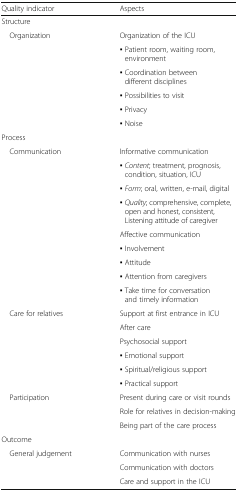
<table><thead><tr><td><b>Quality indicator</b></td><td><b>Aspects</b></td></tr></thead><tbody><tr><td colspan="2">Structure</td></tr><tr><td rowspan="6"> Organization</td><td>Organization of the ICU</td></tr><tr><td>▪ Patient room, waiting room, environment</td></tr><tr><td>▪ Coordination between different disciplines</td></tr><tr><td>▪ Possibilities to visit</td></tr><tr><td>▪ Privacy</td></tr><tr><td>▪ Noise</td></tr><tr><td colspan="2">Process</td></tr><tr><td rowspan="9"> Communication</td><td>Informative communication</td></tr><tr><td>▪ <i>Content</i>; treatment, prognosis, condition, situation, ICU</td></tr><tr><td>▪ <i>Form</i>; oral, written, e-mail, digital</td></tr><tr><td>▪ <i>Quality</i>; comprehensive, complete, open and honest, consistent, Listening attitude of caregiver</td></tr><tr><td>Affective communication</td></tr><tr><td>▪ Involvement</td></tr><tr><td>▪ Attitude</td></tr><tr><td>▪ Attention from caregivers</td></tr><tr><td>▪ Take time for conversation and timely information</td></tr><tr><td rowspan="6"> Care for relatives</td><td>Support at first entrance in ICU</td></tr><tr><td>After care</td></tr><tr><td>Psychosocial support</td></tr><tr><td>▪ Emotional support</td></tr><tr><td>▪ Spiritual/religious support</td></tr><tr><td>▪ Practical support</td></tr><tr><td rowspan="3"> Participation</td><td>Present during care or visit rounds</td></tr><tr><td>Role for relatives in decision-making</td></tr><tr><td>Being part of the care process</td></tr><tr><td colspan="2">Outcome</td></tr><tr><td rowspan="3"> General judgement</td><td>Communication with nurses</td></tr><tr><td>Communication with doctors</td></tr><tr><td>Care and support in the ICU</td></tr></tbody></table>